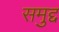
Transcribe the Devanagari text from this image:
समुद्द